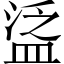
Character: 𥁷